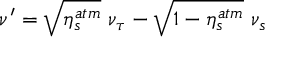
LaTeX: \nu ^ { \prime } = \sqrt { \eta _ { s } ^ { a t m } } ~ \nu _ { \tau } - \sqrt { 1 - \eta _ { s } ^ { a t m } } ~ \nu _ { s }